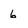
Character: 6